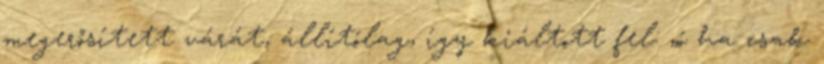
megerősített várát, állítólag, így kiáltott fel: „ó ha csak